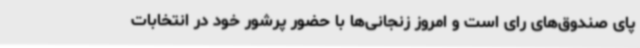
پای صندوق‌های رای است و امروز زنجانی‌ها با حضور پرشور خود در انتخابات